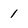
Character: 1